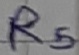
Text: R5